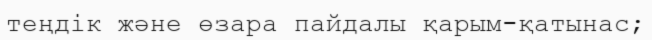
теңдік және өзара пайдалы қарым-қатынас;